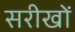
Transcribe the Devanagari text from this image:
सरीखों